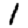
Digit: 1